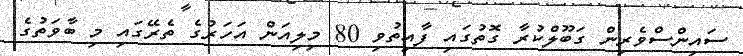
ސައިންސްވެރިން ގަބޫލްކުރާ ގޮތުގައި ފާއިތުވި 80 މިލިއަން އަހަރުގެ ތެރޭގައި މި ބާވަތުގެ